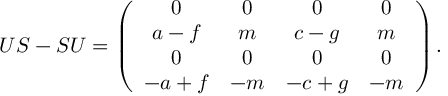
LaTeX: U S - S U = \left( \begin{array} { c c c c } { { 0 } } & { { 0 } } & { { 0 } } & { { 0 } } \\ { { a - f } } & { { m } } & { { c - g } } & { { m } } \\ { { 0 } } & { { 0 } } & { { 0 } } & { { 0 } } \\ { { - a + f } } & { { - m } } & { { - c + g } } & { { - m } } \end{array} \right) .